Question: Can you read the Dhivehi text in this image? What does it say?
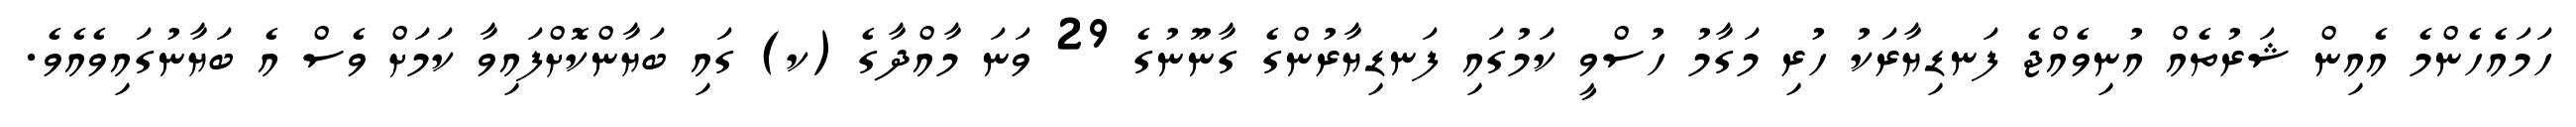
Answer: ހަމައެހެންމެ އެއިން ޝަރުތެއް އުނިވެއްޖެ ފަނޑިޔާރަކު ހުރި މަގާމު ހުސްވީ ކަމުގައި ފަނޑިޔާރުންގެ ގާނޫނުގެ 29 ވަނަ މާއްދާގެ (ކ) ގައި ބަޔާންކޮށްފައިވާ ކަމަށް ވެސް އެ ބަޔާނުގައިވެއެވެ.